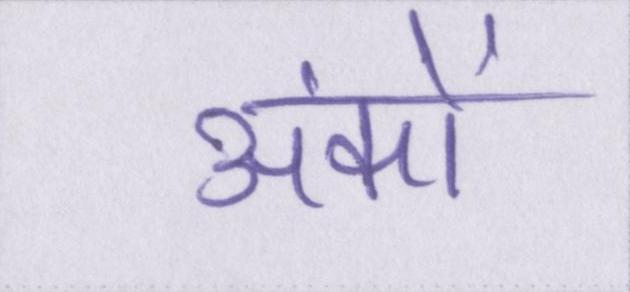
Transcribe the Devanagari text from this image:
अंकों